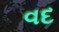
વદ